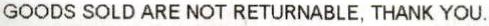
GOODS SOLD ARE NOT RETURNABLE, THANK YOU.